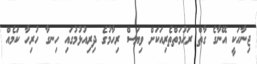
ޖިނާހަކީ އޭނާގެ ގާތް ރަޙުމަތްތެރިއަކަށް ވިޔަސް ރިހާމުގެ ދިރިއުޅުމުގައި ހިނގާ ހުރިހާ ކަމެއް